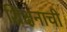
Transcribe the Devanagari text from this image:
शिक्षनाची